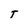
Character: T